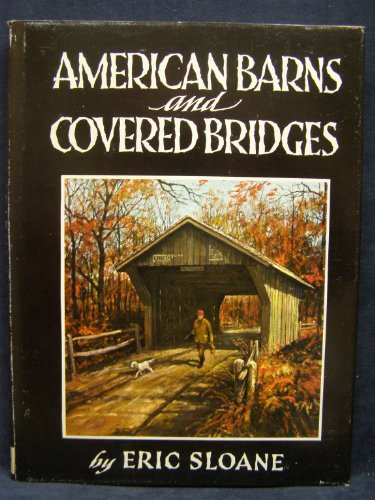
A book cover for American Barns and Covered Bridges; Eric Sloane; Crafts, Hobbies & Home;